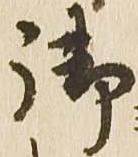
御